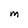
Character: M